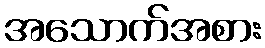
အသောက်အစား